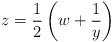
\begin{align*}z=\frac{1}{2} \left( w+\frac{1}{y} \right)\end{align*}